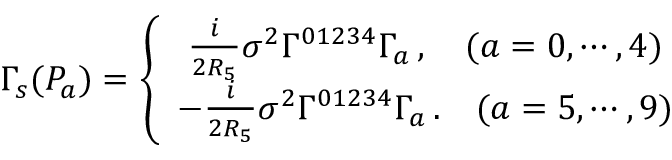
\Gamma _ { s } ( P _ { a } ) = \left\{ \begin{array} { c } { { \frac { i } { 2 R _ { 5 } } \sigma ^ { 2 } \Gamma ^ { 0 1 2 3 4 } \Gamma _ { a } \, , \ \ \ ( a = 0 , \cdots , 4 ) } } \\ { { - \frac { i } { 2 R _ { 5 } } \sigma ^ { 2 } \Gamma ^ { 0 1 2 3 4 } \Gamma _ { a } \, . \ \ \ ( a = 5 , \cdots , 9 ) } } \end{array} \right.